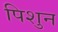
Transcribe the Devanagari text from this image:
पिशुन